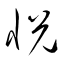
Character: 悅